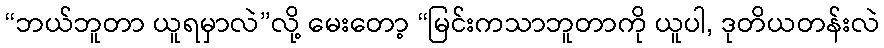
“ဘယ်ဘူတာ ယူရမှာလဲ”လို့ မေးတော့ “မြင်းကသာဘူတာကို ယူပါ, ဒုတိယတန်းလဲ